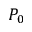
P _ { 0 }